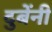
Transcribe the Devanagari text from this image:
दुबेंनी